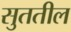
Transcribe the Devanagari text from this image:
सुततील